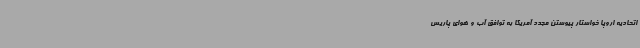
اتحادیه اروپا خواستار پیوستن مجدد آمریکا به توافق آب و هوای پاریس